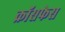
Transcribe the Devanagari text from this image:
क्रॉसफेस